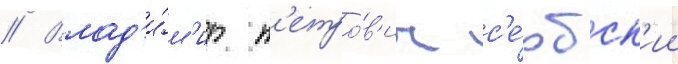
// Влад'и́м'ир п'етро́в'ич с'е́рбск'ии